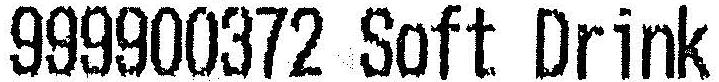
999900372 SOFT DRINK